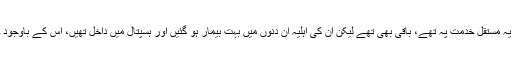
اور جب میں دورے پر گیا ہوں میں نے دیکھا ہے کہ یہ مستقل خدمت پہ تھے، باقی بھی تھے لیکن ان کی اہلیہ ان دنوں میں بہت بیمار ہو گئیں اور ہسپتال میں داخل تھیں، اس کے باوجود جو ان کے ذمے کام تھے وہ پوری طرح کرتے رہے۔